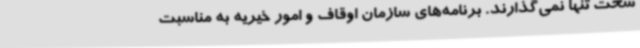
سخت تنها نمی‌گذارند. برنامه‌های سازمان اوقاف و امور خیریه به مناسبت